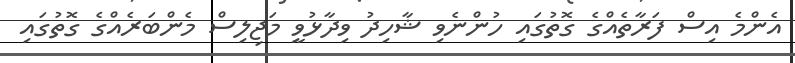
އެންމެ އިސް ފަރާތެއްގެ ގޮތުގައި ހުންނެވި ޝާހިދު ވިދާޅުވީ މަޖިލިސް މެންބަރެއްގެ ގޮތުގައި